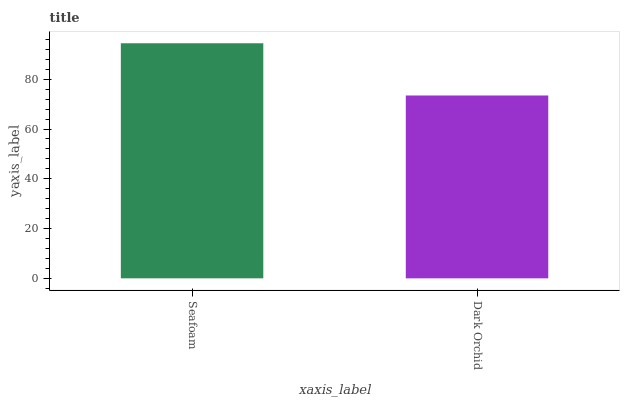
| xaxis_label | bars |
 | --- | --- |
 | Seafoam | 94.5 |
 | Dark Orchid | 73.5 |